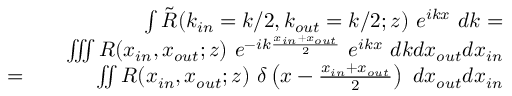
\begin{array} { r l r } & { } & { \int { \tilde { R } ( k _ { i n } = k / 2 , k _ { o u t } = k / 2 ; z ) ~ e ^ { i k x } ~ d k } = } \\ & { } & { \iiint { R ( x _ { i n } , x _ { o u t } ; z ) ~ e ^ { - i k \frac { x _ { i n } + x _ { o u t } } { 2 } } ~ e ^ { i k x } ~ d k d x _ { o u t } d x _ { i n } } } \\ { = } & { } & { \iint { R ( x _ { i n } , x _ { o u t } ; z ) ~ \delta \left( x - \frac { x _ { i n } + x _ { o u t } } { 2 } \right) ~ d x _ { o u t } d x _ { i n } } } \end{array}